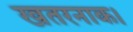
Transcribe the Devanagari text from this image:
खतरनाक।